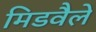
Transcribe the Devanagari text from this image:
मिडवैले